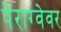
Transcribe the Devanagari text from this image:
पेराग्वेवर